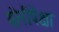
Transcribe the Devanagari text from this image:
योनीपेक्षा